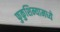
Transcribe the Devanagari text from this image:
फुकुशिम्यामध्ये